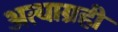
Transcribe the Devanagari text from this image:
अत्याग्रही